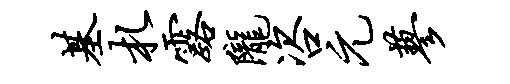
基札露陇咨元蓼